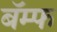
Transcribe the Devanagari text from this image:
बॅम्फ